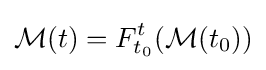
{\mathcal {M}}(t)=F_{t_{0}}^{t}({\mathcal {M}}(t_{0}))